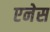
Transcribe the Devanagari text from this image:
एनेस